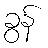
ခွန်